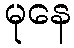
မုနေ